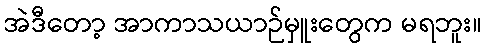
အဲဒီတော့ အာကာသယာဉ်မှူးတွေက မရဘူး။